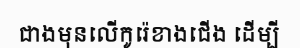
ជាងមុនលើកូរ៉េខាងជើង ដើម្បី